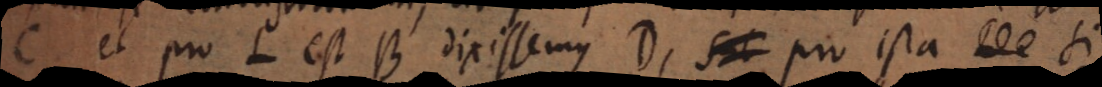
C, et pro L est B dixissemus D, pro ista si